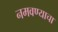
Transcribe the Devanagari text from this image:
नमवण्याचा